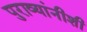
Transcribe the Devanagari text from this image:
पुराव्यांनीशी